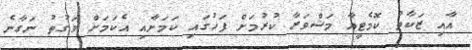
އާއި ޒަކާތު ކޮމެޓީއާ މަޝްވަރާ ކުރުމަށް ފަހުގައި ކަމަށާއި އެކަމަށް ވަގުތު ނަގާނެ